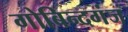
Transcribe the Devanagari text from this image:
गोबिन्दगंज